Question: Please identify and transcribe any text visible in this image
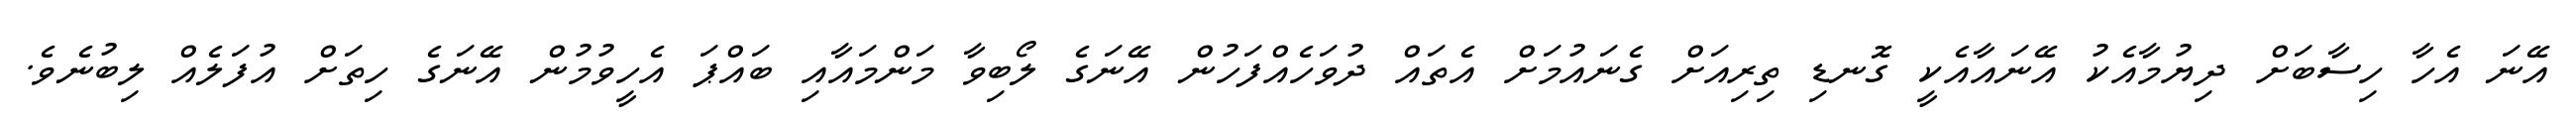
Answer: އޭނަ އެހާ ހިސާބަށް ދިޔުމާއެކު އޭނައާއެކީ ގޮނޑި ތިރިއަށް ގެނައުމަށް އެތައް ދުވަހެއްފަހުން އޭނަގެ ލޯބިވާ މަންމައާއި ބައްޕަ އެހީވުމުން އޭނަގެ ހިތަށް އުފަލެއް ލިބުނެވެ.